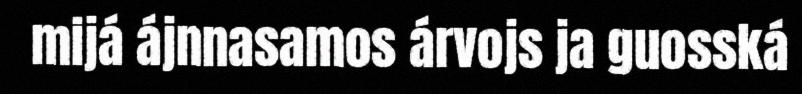
mijá ájnnasamos árvojs ja guosská